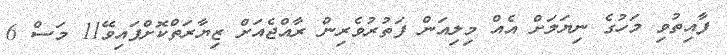
ފާއިތުވި މަހުގެ ނިޔަލަށް އެއް މިލިއަން ފަތުރުވެރިން ރާއްޖެއަށް ޒިޔާރަތްކޮށްފައިވޭ11 މަސް 6